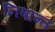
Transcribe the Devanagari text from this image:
निषान्त